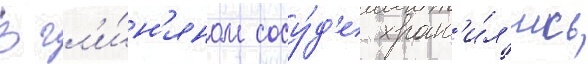
В гл'и́н'яном сосу́д'е хран'и́л'ись